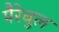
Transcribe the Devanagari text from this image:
पैरेबुल